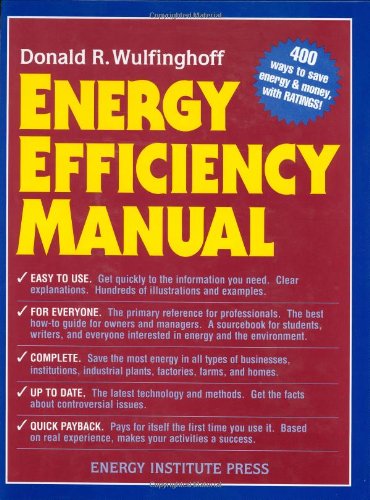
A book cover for Energy Efficiency Manual: for everyone who uses energy, pays for utilities, designs and builds, is interested in energy conservation and the environment; Donald R. Wulfinghoff; Crafts, Hobbies & Home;